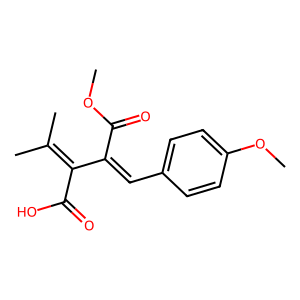
SMILES: COC(=O)C(=Cc1ccc(OC)cc1)C(C(=O)O)=C(C)C
Inhibits HIV replication: No